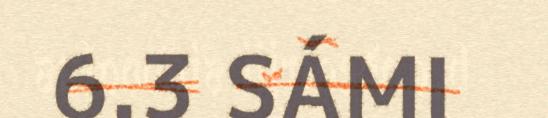
6.3 SÁMI